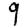
Digit: 9